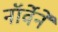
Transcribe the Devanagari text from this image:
नॉर्वेने